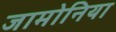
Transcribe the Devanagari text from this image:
जामोनिया